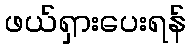
ဖယ်ရှားပေးရန်